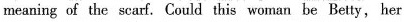
meaning of the scarf. Could this woman be Betty, her